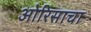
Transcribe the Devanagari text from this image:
ओरिसाचा